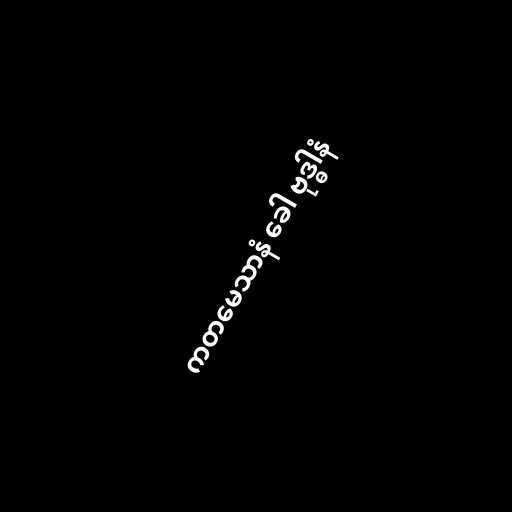
ကတမေသာနံ ခေါ ဗုဒ္ဓါနံ